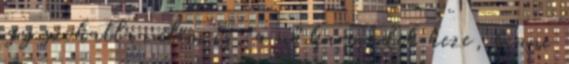
egy szokatlan elem is, a nő harmadik keze, benne